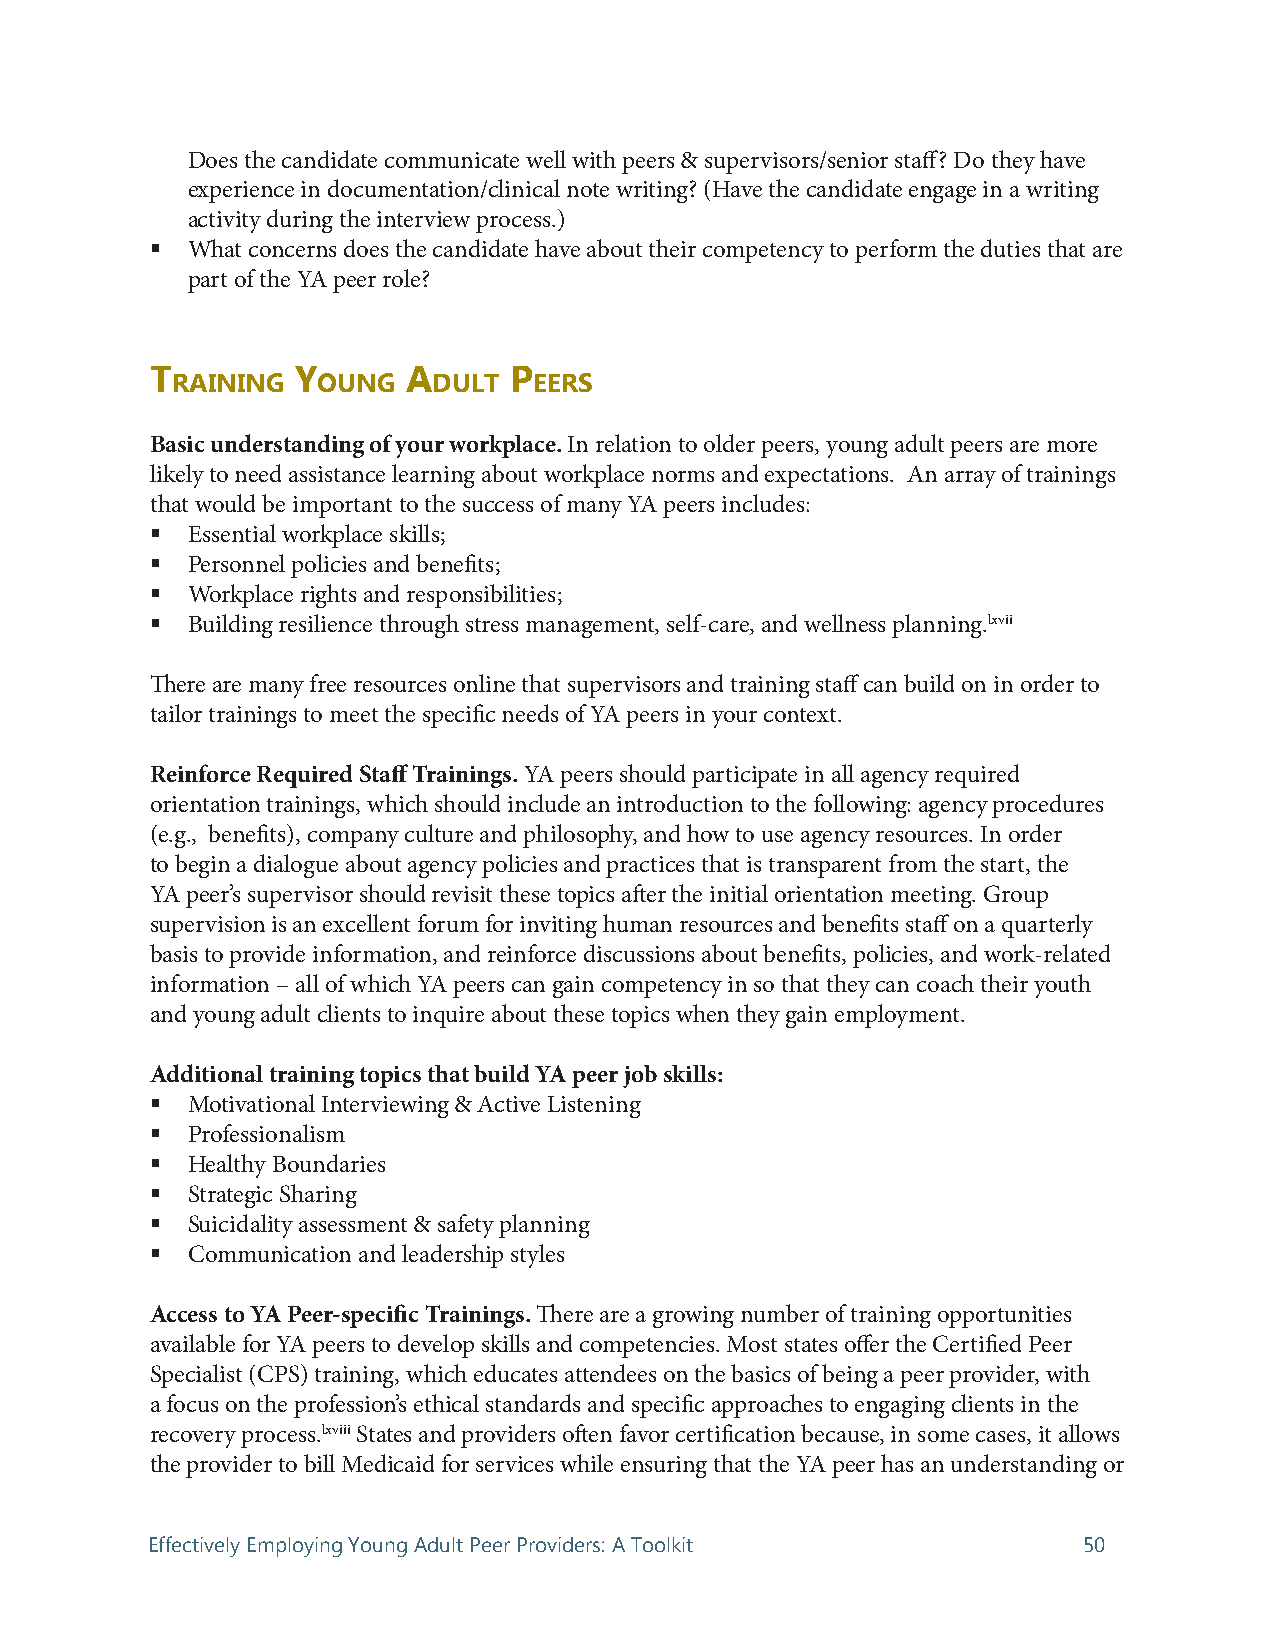
Does the candidate communicate well with peers & supervisors/senior staff? Do they have
 experience in documentation/clinical note writing? (Have the candidate engage in a writing
 activity during the interview process.)
  What concerns does the candidate have about their competency to perform the duties that are
 part of the YA peer role?
 t         Y      A      P
 rAining   oung    dult  eers
 Basic understanding of your workplace. In relation to older peers, young adult peers are more
 likely to need assistance learning about workplace norms and expectations. An array of trainings
 that would be important to the success of many YA peers includes:
  Essential workplace skills;
  Personnel policies and benefits;
  Workplace rights and responsibilities;
  Building resilience through stress management, self-care, and wellness planning.lxvii
 There are many free resources online that supervisors and training staff can build on in order to
 tailor trainings to meet the specific needs of YA peers in your context.
 Reinforce Required Staff Trainings. YA peers should participate in all agency required
 orientation trainings, which should include an introduction to the following: agency procedures
 (e.g., benefits), company culture and philosophy, and how to use agency resources. In order
 to begin a dialogue about agency policies and practices that is transparent from the start, the
 YA peer’s supervisor should revisit these topics after the initial orientation meeting. Group
 supervision is an excellent forum for inviting human resources and benefits staff on a quarterly
 basis to provide information, and reinforce discussions about benefits, policies, and work-related
 information – all of which YA peers can gain competency in so that they can coach their youth
 and young adult clients to inquire about these topics when they gain employment.
 Additional training topics that build YA peer job skills:
  Motivational Interviewing & Active Listening
  Professionalism
  Healthy Boundaries
  Strategic Sharing
  Suicidality assessment & safety planning
  Communication and leadership styles
 Access to YA Peer-specific Trainings. There are a growing number of training opportunities
 available for YA peers to develop skills and competencies. Most states offer the Certified Peer
 Specialist (CPS) training, which educates attendees on the basics of being a peer provider, with
 a focus on the profession’s ethical standards and specific approaches to engaging clients in the
 recovery process.lxviii States and providers often favor certification because, in some cases, it allows
 the provider to bill Medicaid for services while ensuring that the YA peer has an understanding or
 Effectively Employing Young Adult Peer Providers: A Toolkit   50